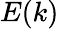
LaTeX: E(k)